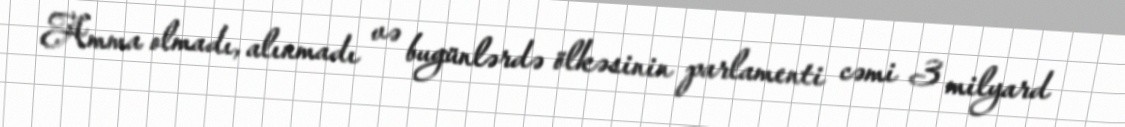
Amma olmadı, alınmadı və bugünlərdə ölkəsinin parlamenti cəmi 3 milyard